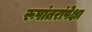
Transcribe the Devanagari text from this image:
रूपांतरांपेक्षा